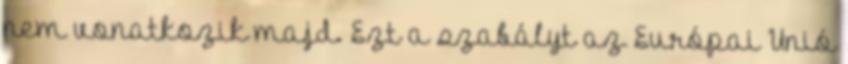
nem vonatkozik majd. Ezt a szabályt az Európai Unió